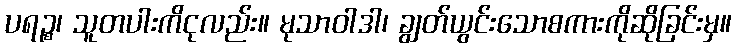
ပရဉ္စ၊ သူတပါးကိငုလည်း။ မုသာဝါဒါ၊ ချွတ်ယွင်းသောစကားကိုဆိုခြင်းမှ။